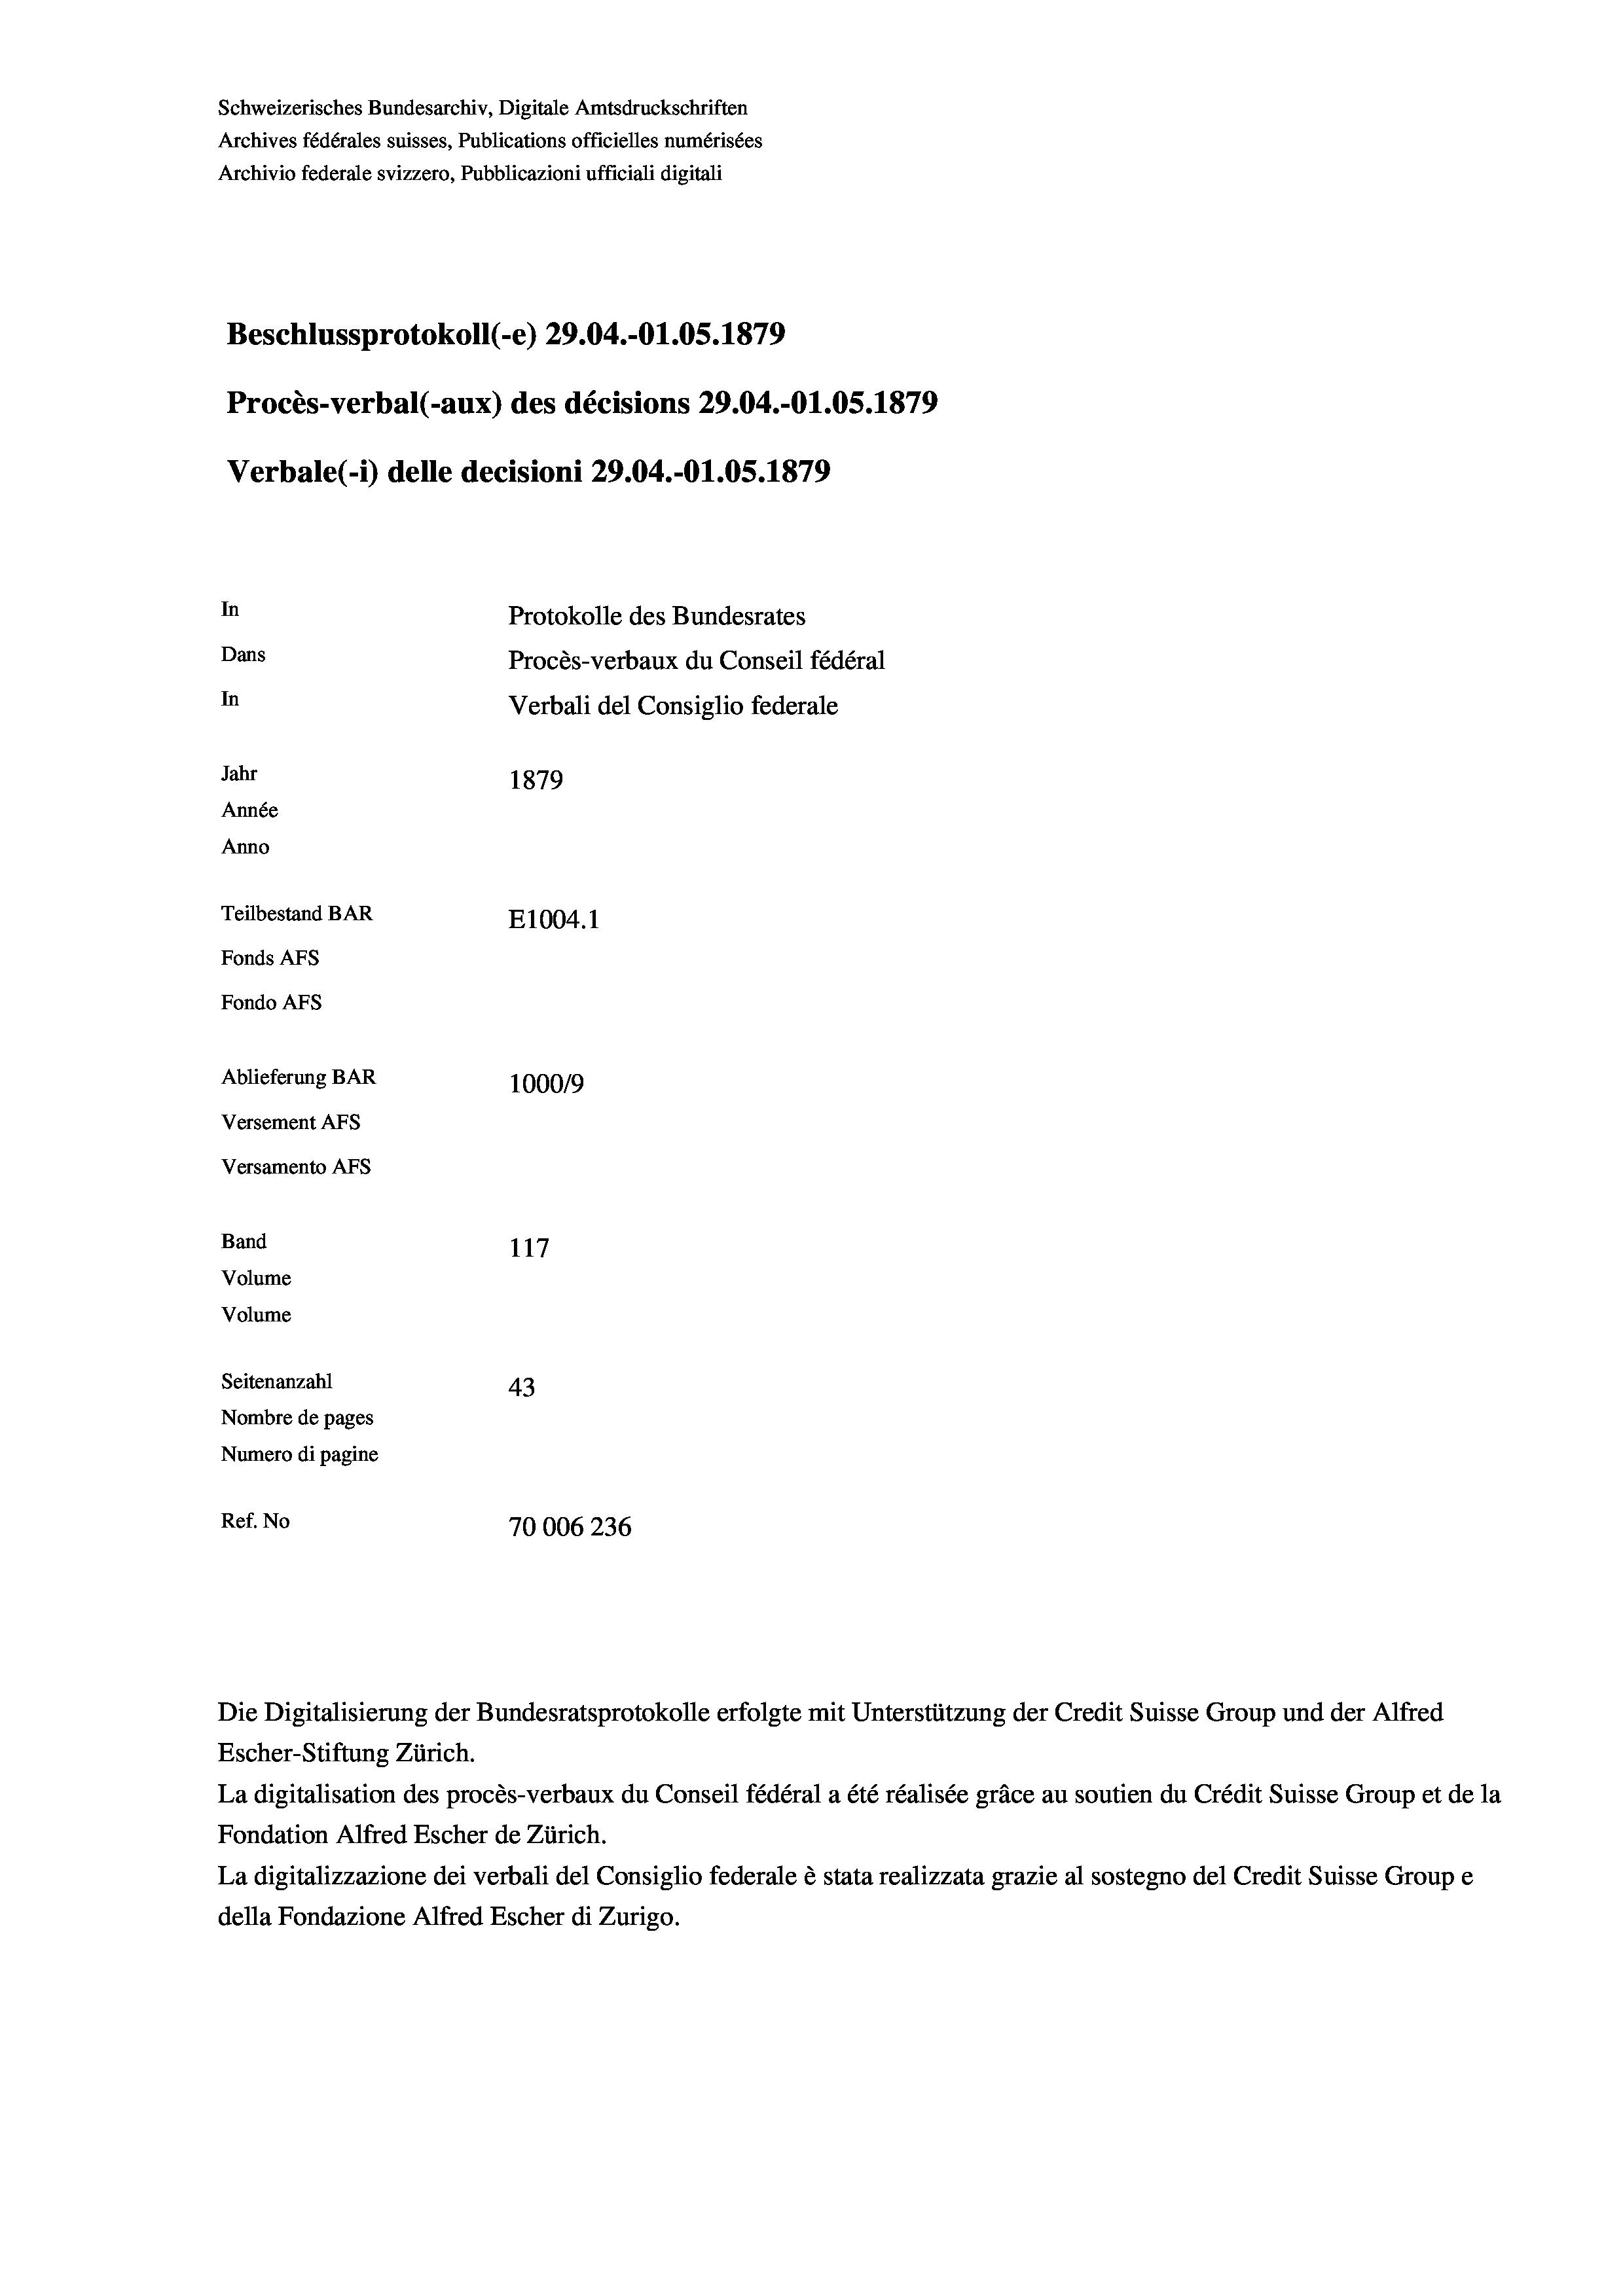
Schweizerisches Bundesarchiv, Digitale Amtsdruckschriften
Archives fédérales suisses, Publications officielles numérisées
Archivio federale svizzero, Pubblicazioni ufficiali digitali
Beschlussprotokoll (-e) 29.04.-O1.05. 1879
Procès-verbal (-aux) des décisions 29.04.-O1.05. 1879
Verbale (- 1) delle decisioni 29.04.-Ol.05. 1879
In
Protokolle des Bundesrates
Dans
Procès-verbaux du Conseil fédéral
In
Verbali del Consiglio federale
Jahr
1879
Année
Anno
Teilbestand BAR
E1004.1
Fonds AFs
Fondo AFs
Ablieferung BAR
100019
Versement AFs
Versamento AFs
Band
117
Volume
Volume

Seitenanzahl
43
Nombre de pages
Numero di pagine
Ref. No
70006236

Escher-Stiftung Zürich.
La digitalisation des procès-verbaux du Conseil fédéral a été réalisée gräce au soutien du Crédit Suisse Group et de la
Fondation Alfred Escher de Zürich.
La digitalizzazione dei verbali del Consiglio federale è stata realizzata grazie al sostegno del Credit Suisse Groupe
della Fondazione Alfred Escher di Zurigo.

Die Digitalisierung der Bundesratsprotokolle erfolgte mit Unterstützung der Credit Suisse Group und der Alfred